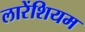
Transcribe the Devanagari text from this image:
लारेंशियम